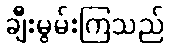
ချီးမွမ်းကြသည်